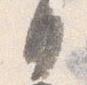
日